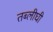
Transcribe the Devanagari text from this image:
तब्लीघी